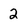
Character: 2